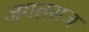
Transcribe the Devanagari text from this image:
जगतराज